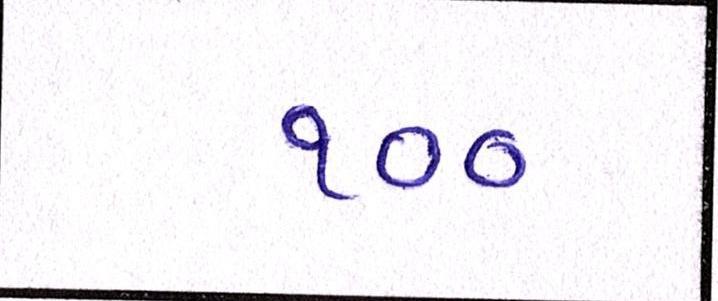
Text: ૧૦૦